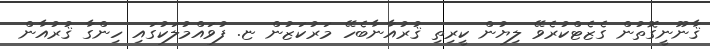
ޤާނޫނީގޮތުން ގެޒެޓްކުރެވޭ ލިޔުން ކީރިތި ޤުރުއާނާބެހޭ މަރުކަޒުން ޏ. ފުވައްމުލަކުގައި ހިންގާ ޤުރުއާން